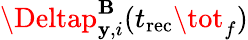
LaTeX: \Deltap_{\mathbf{y},i}^{\mathbf{{B}}}(t_{\mathrm{{rec}}}\tot_{f})